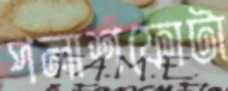
পলাশফোটা